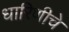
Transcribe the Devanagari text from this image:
धारिणीचे